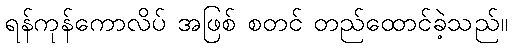
ရန်ကုန်ကောလိပ် အဖြစ် စတင် တည်ထောင်ခဲ့သည်။